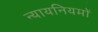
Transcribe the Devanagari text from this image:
न्यायनियमों